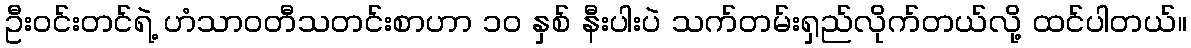
ဦးဝင်းတင်ရဲ့ ဟံသာဝတီသတင်းစာဟာ ၁၀ နှစ် နီးပါးပဲ သက်တမ်းရှည်လိုက်တယ်လို့ ထင်ပါတယ်။